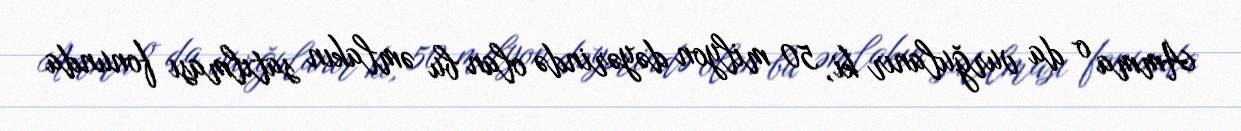
Amma o da vurğulanır ki, 50 milyon dəyərində olan bu əmlakın satılması fonunda